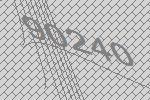
90240